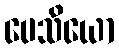
ပေသိယော